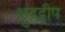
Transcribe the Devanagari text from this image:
क्षुद्रद्वीप